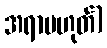
အရာမဟုတ်)